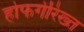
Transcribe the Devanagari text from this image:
होफगेरिख्त